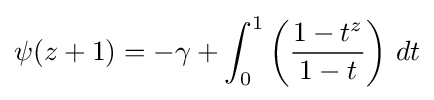
\psi (z+1)=-\gamma +\int _{0}^{1}\left({\frac {1-t^{z}}{1-t}}\right)\,dt